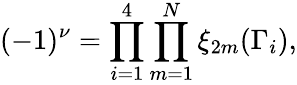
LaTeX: (-1)^{\nu}=\prod_{i=1}^{4}\prod_{m=1}^{N}\xi_{2m}(\Gamma_{i}),